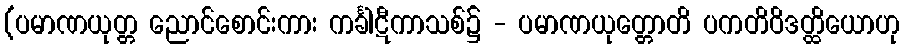
(ပမာဏယုတ္တ ညောင်စောင်းကား ကင်္ခါဋီကာသစ်၌ - ပမာဏယုတ္တောတိ ပကတိဝိဒတ္ထိယောဟု